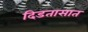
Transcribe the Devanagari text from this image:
दिडतासात